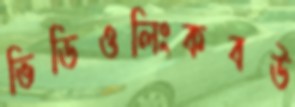
ভিডিওলিংকবউ